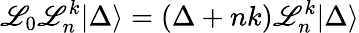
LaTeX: \mathscr{L}_{0}\mathscr{L}_{n}^{k}|\Delta\rangle=(\Delta+nk)\mathscr{L}_{n}^{k}|\Delta\rangle